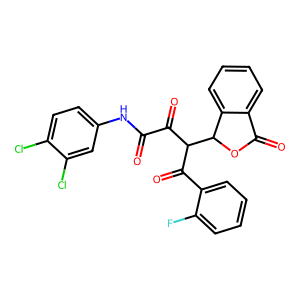
SMILES: O=C(Nc1ccc(Cl)c(Cl)c1)C(=O)C(C(=O)c1ccccc1F)C1OC(=O)c2ccccc21
Inhibits HIV replication: No